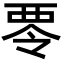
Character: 𮖿